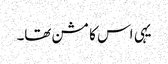
یہی اس کا مشن تھا۔